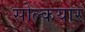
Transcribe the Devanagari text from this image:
सोल्कयार